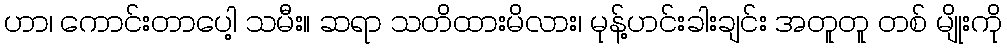
ဟာ၊ ကောင်းတာပေါ့ သမီး။ ဆရာ သတိထားမိလား၊ မုန့်ဟင်းခါးချင်း အတူတူ တစ် မျိုးကို